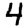
Digit: 4